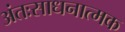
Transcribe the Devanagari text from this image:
अंतःसाधनात्मक